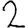
Digit: 2